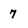
Character: 7